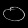
Digit: ၀